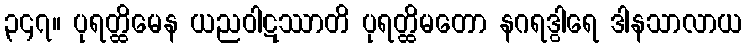
၃၄၇။ ပုရတ္ထိမေန ယညဝါဋဿာတိ ပုရတ္ထိမတော နဂရဒွါရေ ဒါနသာလာယ